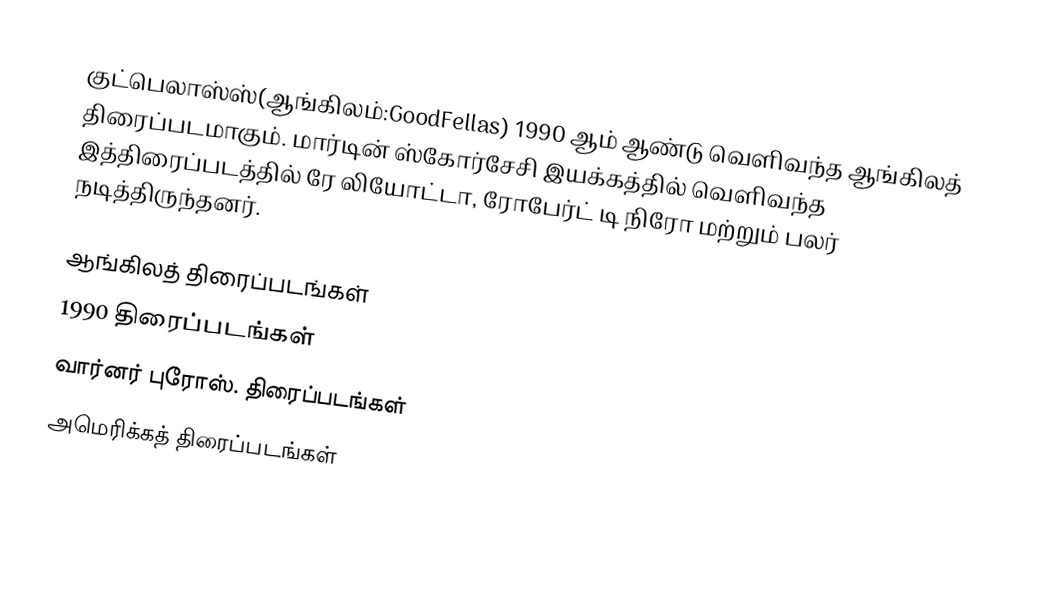
குட்பெலாஸ்ஸ்(ஆங்கிலம்:GoodFellas) 1990 ஆம் ஆண்டு வெளிவந்த ஆங்கிலத் திரைப்படமாகும். மார்டின் ஸ்கோர்சேசி இயக்கத்தில் வெளிவந்த இத்திரைப்படத்தில் ரே லியோட்டா, ரோபேர்ட் டி நிரோ மற்றும் பலர் நடித்திருந்தனர்.

ஆங்கிலத் திரைப்படங்கள்
1990 திரைப்படங்கள்
வார்னர் புரோஸ். திரைப்படங்கள்
அமெரிக்கத் திரைப்படங்கள்